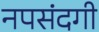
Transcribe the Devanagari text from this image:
नपसंदगी